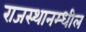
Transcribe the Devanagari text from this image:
राजस्थानम्धील